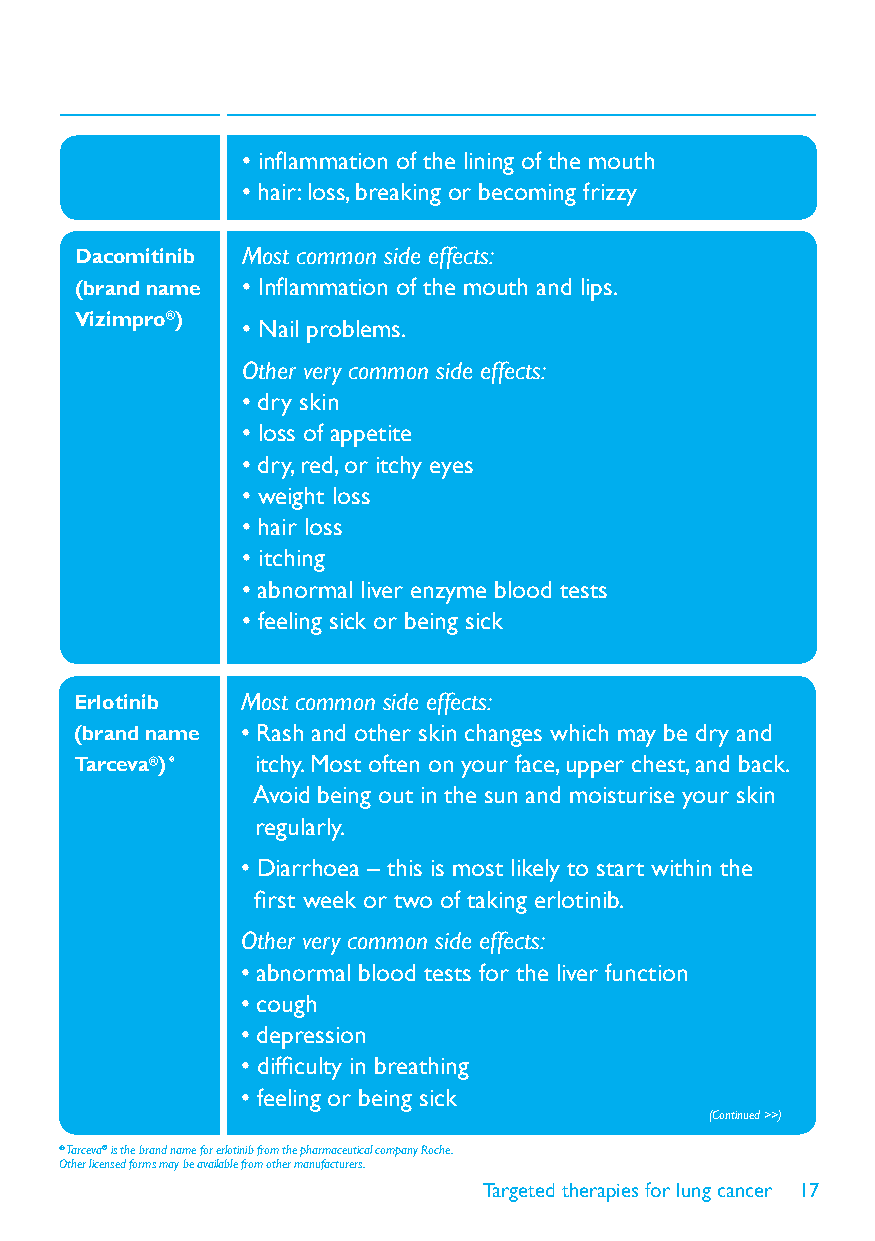
• inflammation of the lining of the mouth
 • hair: loss, breaking or becoming frizzy
 Dacomitinib Most common side effects:
 (brand name • Inflammation of the mouth and lips.
 Vizimpro®)
 • Nail problems.
 Other very common side effects:
 • dry skin
 • loss of appetite
 • dry, red, or itchy eyes
 • weight loss
 • hair loss
 • itching
 • abnormal liver enzyme blood tests
 • feeling sick or being sick
 Erlotinib  Most common side effects:
 (brand name • Rash and other skin changes which may be dry and
 Tarceva®) * itchy. Most often on your face, upper chest, and back.
 Avoid being out in the sun and moisturise your skin
 regularly.
 • Diarrhoea – this is most likely to start within the
 first week or two of taking erlotinib.
 Other very common side effects:
 • abnormal blood tests for the liver function
 • cough
 • depression
 • difficulty in breathing
 • feeling or being sick
 (Continued >>)
 * Tarceva® is the brand name for erlotinib from the pharmaceutical company Roche.
 Other licensed forms may be available from other manufacturers.
 Targeted therapies for lung cancer 17